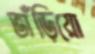
ভাঁড়িয়ো